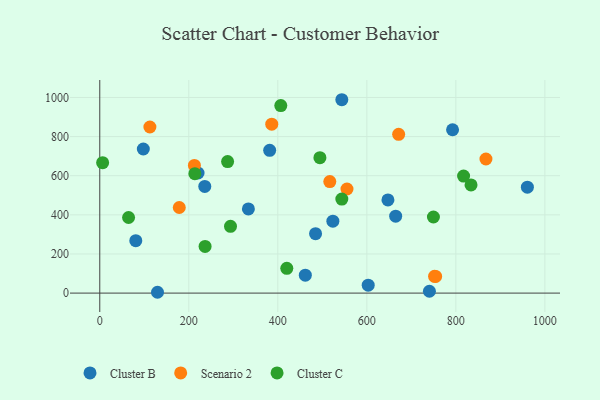
{"axis": {"x": "Price", "y": "Yield"}, "legend": ["Cluster B", "Cluster C", "Scenario 2"], "data": [{"x": "960.7", "y": 541.3, "type": "Cluster B"}, {"x": "381.7", "y": 729.6, "type": "Cluster B"}, {"x": "664.8", "y": 393.2, "type": "Cluster B"}, {"x": "543.8", "y": 988.4, "type": "Cluster B"}, {"x": "97.8", "y": 736.5, "type": "Cluster B"}, {"x": "129.7", "y": 4.2, "type": "Cluster B"}, {"x": "333.9", "y": 430.4, "type": "Cluster B"}, {"x": "235.9", "y": 545.1, "type": "Cluster B"}, {"x": "523.7", "y": 367.4, "type": "Cluster B"}, {"x": "461.8", "y": 91.4, "type": "Cluster B"}, {"x": "603.1", "y": 40.6, "type": "Cluster B"}, {"x": "484.8", "y": 303.9, "type": "Cluster B"}, {"x": "80.9", "y": 267.7, "type": "Cluster B"}, {"x": "647.4", "y": 476.2, "type": "Cluster B"}, {"x": "220.8", "y": 613.8, "type": "Cluster B"}, {"x": "740.6", "y": 9.4, "type": "Cluster B"}, {"x": "792.6", "y": 835.0, "type": "Cluster B"}, {"x": "752.2", "y": 85.6, "type": "Scenario 2"}, {"x": "671.5", "y": 811.8, "type": "Scenario 2"}, {"x": "112.6", "y": 849.0, "type": "Scenario 2"}, {"x": "178.6", "y": 437.4, "type": "Scenario 2"}, {"x": "516.8", "y": 570.0, "type": "Scenario 2"}, {"x": "212.6", "y": 652.5, "type": "Scenario 2"}, {"x": "867.6", "y": 685.4, "type": "Scenario 2"}, {"x": "555.4", "y": 532.0, "type": "Scenario 2"}, {"x": "754.6", "y": 85.4, "type": "Scenario 2"}, {"x": "386.4", "y": 863.2, "type": "Scenario 2"}, {"x": "406.7", "y": 958.6, "type": "Cluster C"}, {"x": "293.7", "y": 341.1, "type": "Cluster C"}, {"x": "213.6", "y": 610.2, "type": "Cluster C"}, {"x": "817.4", "y": 598.1, "type": "Cluster C"}, {"x": "834.1", "y": 553.0, "type": "Cluster C"}, {"x": "287.2", "y": 672.5, "type": "Cluster C"}, {"x": "6.4", "y": 666.5, "type": "Cluster C"}, {"x": "543.8", "y": 480.7, "type": "Cluster C"}, {"x": "236.6", "y": 238.7, "type": "Cluster C"}, {"x": "494.6", "y": 692.0, "type": "Cluster C"}, {"x": "749.6", "y": 389.0, "type": "Cluster C"}, {"x": "420.2", "y": 126.5, "type": "Cluster C"}, {"x": "64.7", "y": 386.5, "type": "Cluster C"}]}